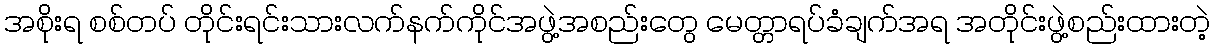
အစိုးရ စစ်တပ် တိုင်းရင်းသားလက်နက်ကိုင်အဖွဲ့အစည်းတွေ မေတ္တာရပ်ခံချက်အရ အတိုင်းဖွဲ့စည်းထားတဲ့